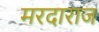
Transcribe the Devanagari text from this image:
मरदाराज